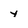
Character: y